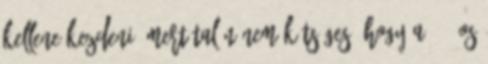
kellene kezdeni, mert talán nem kétséges, hogy a 25%-os